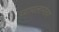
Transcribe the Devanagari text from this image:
प्यायलानंतर